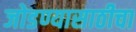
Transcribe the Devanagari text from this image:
जोडण्यासाठीचा